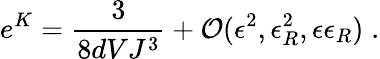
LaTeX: e^{K}=\frac{3}{8dVJ^{3}}+{\cal O}(\epsilon^{2},\epsilon_{R}^{2},\epsilon\epsilon_{R})\; .